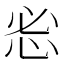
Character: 𰑒